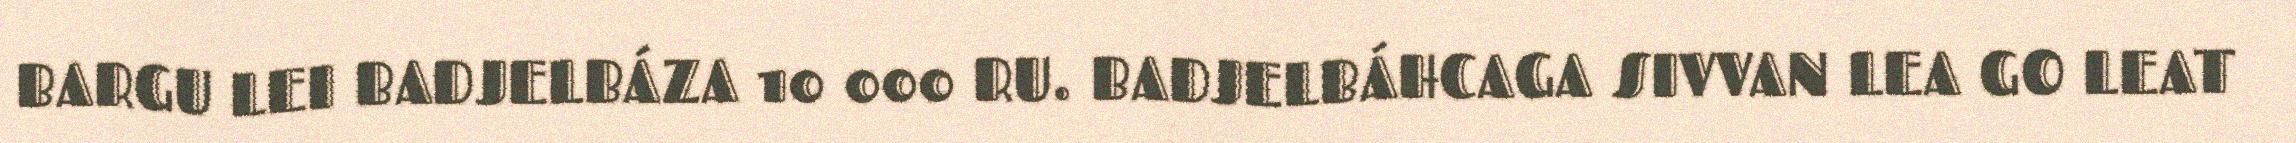
BARGU LEI BADJELBÁZA 10 000 RU. BADJELBÁHCAGA SIVVAN LEA GO LEAT